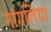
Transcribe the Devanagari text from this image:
नांगलिया